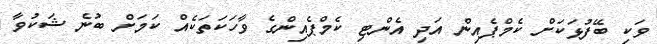
ވަކި ބޭފުޅަކަށް ކެމްޕެއިން އަދި އެންޓި ކެމްޕެއިންގެ ވާހަކަތަކެއް ކަމަށް ބުނެ ޝަކުވާ